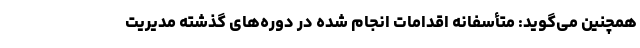
همچنین می‌گوید: متأسفانه اقدامات انجام‌ شده در دوره‌های گذشته مدیریت